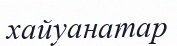
хайуанатар